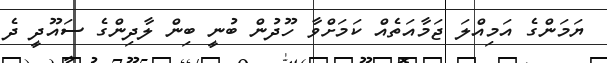
ޔަމަންގެ އަމިއްލަ ޖަމާއަތެއް ކަމަށްވާ ހޫދުން ބުނީ ބިން ލާދިންގެ ސައޫދީ ދެ